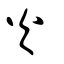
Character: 火